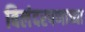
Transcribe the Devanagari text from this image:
बिलंदरपणाच्या